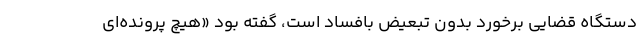
دستگاه قضایی برخورد بدون تبعیض بافساد است، گفته بود «هیچ پرونده‌ای